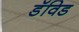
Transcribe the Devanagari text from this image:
डॅविड